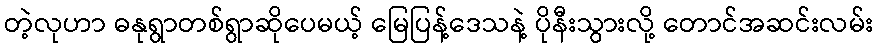
တဲ့လုဟာ ဓနုရွာတစ်ရွာဆိုပေမယ့် မြေပြန့်ဒေသနဲ့ ပိုနီးသွားလို့ တောင်အဆင်းလမ်း